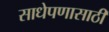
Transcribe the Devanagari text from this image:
साधेपणासाठी